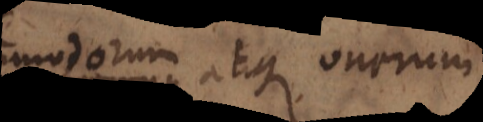
commodorum atque onerum